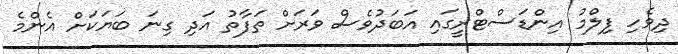
ދިވެހި ފިލްމު އިންޑަސްޓްރީގައި އަބަދުވެސް ވަރަށް ތަފާތު އަދި ގިނަ ބަޔަކަށް އެންމެ